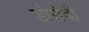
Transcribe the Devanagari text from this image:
डोरोदी